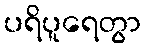
ပရိပူရေတွာ